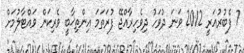
7 ފެބުރުއަރީ 2012 ވަނަ ދުވަހު ދިވެހިރާއްޖޭ ފުރަތަމަ އިންތިޚާބީ ވެރިކަން ވައްޓާލުމަށް